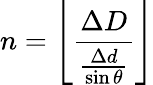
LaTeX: n=\left\lfloor\frac{\Delta D}{\frac{\Delta d}{\sin\theta}}\right\rfloor